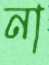
না